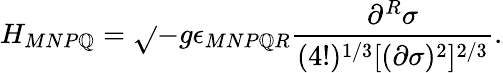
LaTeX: H_{MNP\mathbb{Q}}=\sqrt{}{{-g}}\epsilon_{MNP\mathbb{Q}R}\frac{{\partial^{R}\sigma}}{{(4!)^{1/3}[(\partial\sigma)^{2}]^{2/3}}}.